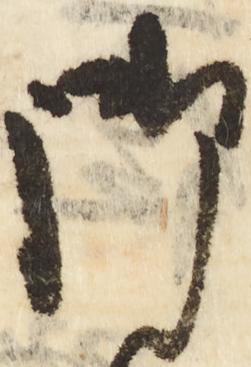
御